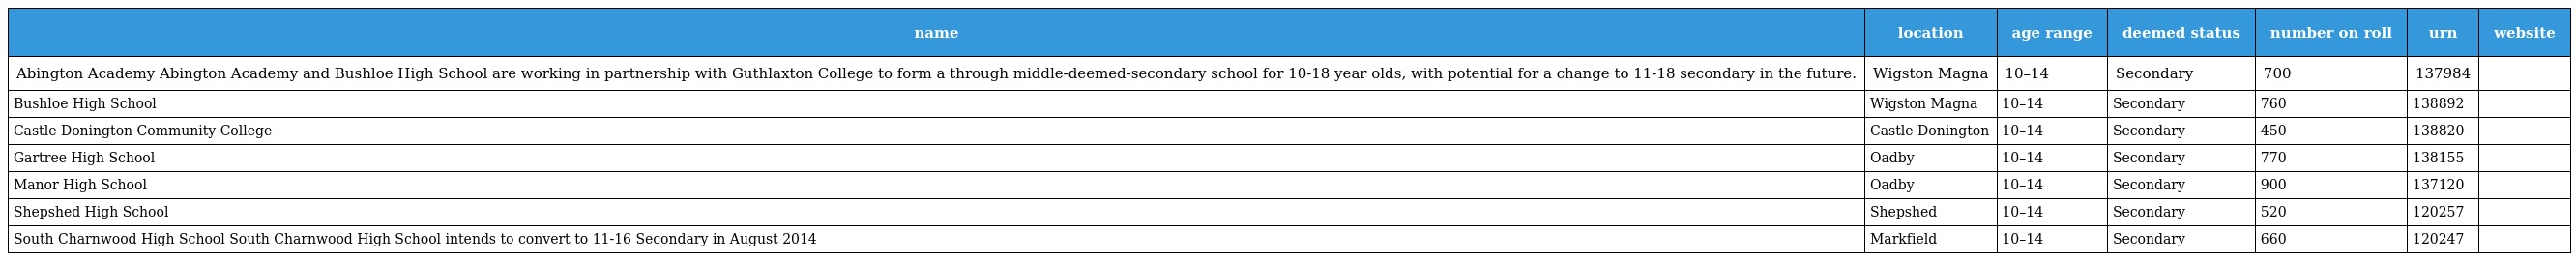
| name | location | age range | deemed status | number on roll | urn | website |
 | --- | --- | --- | --- | --- | --- | --- |
 | Abington Academy Abington Academy and Bushloe High School are working in partnership with Guthlaxton College to form a through middle-deemed-secondary school for 10-18 year olds, with potential for a change to 11-18 secondary in the future. | Wigston Magna | 10–14 | Secondary | 700 | 137984 |  |
 | Bushloe High School | Wigston Magna | 10–14 | Secondary | 760 | 138892 |  |
 | Castle Donington Community College | Castle Donington | 10–14 | Secondary | 450 | 138820 |  |
 | Gartree High School | Oadby | 10–14 | Secondary | 770 | 138155 |  |
 | Manor High School | Oadby | 10–14 | Secondary | 900 | 137120 |  |
 | Shepshed High School | Shepshed | 10–14 | Secondary | 520 | 120257 |  |
 | South Charnwood High School South Charnwood High School intends to convert to 11-16 Secondary in August 2014 | Markfield | 10–14 | Secondary | 660 | 120247 |  |